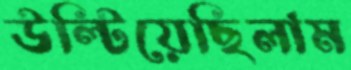
উল্‌টিয়েছিলাম